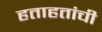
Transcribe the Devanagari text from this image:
हताहतांची